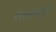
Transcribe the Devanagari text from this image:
गैरसमजामुळं